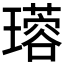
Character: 𤪜